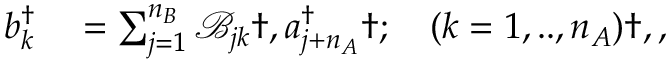
\begin{array} { r l } { b _ { k } ^ { \dagger } } & { { } = \sum _ { j = 1 } ^ { n _ { B } } \mathcal { B } _ { j k } \dag , a _ { j + n _ { A } } ^ { \dagger } \dag ; \quad ( k = 1 , . . , n _ { A } ) \dag , , } \end{array}